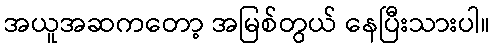
အယူအဆကတော့ အမြစ်တွယ် နေပြီးသားပါ။